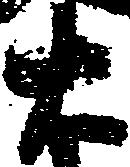
右